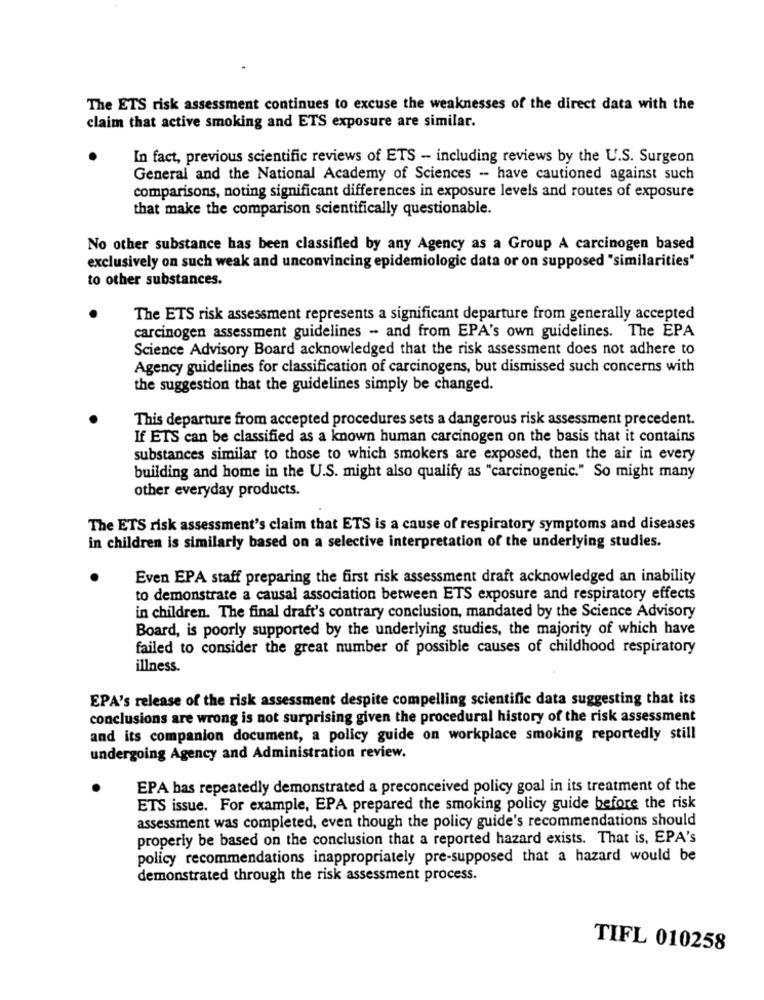
The ETS risk assessment continues to excuse the weaknesses of the direct data with the
claim that active smoking and ETS exposure are similar.
In fact, previous scientific reviews of ETS - including reviews by the U.S. Surgeon
General and the National Academy of Sciences -- have cautioned against such
comparisons, noting significant differences in exposure levels and routes of exposure
that make the comparison scientifically questionable.
No other substance has been classified by any Agency as a Group A carcinogen based
exclusively on such weak and unconvincing epidemiologic data or on supposed "similarities"
to other substances.
The ETS risk assessment represents a significant departure from generally accepted
carcinogen assessment guidelines - and from EPA's own guidelines. The EPA
Science Advisory Board acknowledged that the risk assessment does not adhere to
Agency guidelines for classification of carcinogens, but dismissed such concerns with
the suggestion that the guidelines simply be changed.
This departure from accepted procedures sets a dangerous risk assessment precedent.
If ETS can be classified as a known human carcinogen on the basis that it contains
substances similar to those to which smokers are exposed, then the air in every
building and home in the U.S. might also qualify as "carcinogenic." So might many
other everyday products.
The ETS risk assessment's claim that ETS is a cause of respiratory symptoms and diseases
in children is similarly based on a selective interpretation of the underlying studies.
Even EPA staff preparing the first risk assessment draft acknowledged an inability
to demonstrate a causal association between ETS exposure and respiratory effects
in children. The final draft's contrary conclusion, mandated by the Science Advisory
Board, is poorly supported by the underlying studies, the majority of which have
failed to consider the great number of possible causes of childhood respiratory
illness.
EPA's release of the risk assessment despite compelling scientific data suggesting that its
conclusions are wrong is not surprising given the procedural history of the risk assessment
and its companion document, a policy guide on workplace smoking reportedly still
undergoing Agency and Administration review.
EPA has repeatedly demonstrated a preconceived policy goal in its treatment of the
ETS issue. For example, EPA prepared the smoking policy guide before the risk
assessment was completed, even though the policy guide's recommendations should
properly be based on the conclusion that a reported hazard exists. That is, EPA's
policy recommendations inappropriately pre-supposed that a hazard would be
demonstrated through the risk assessment process.
TIFL 010258